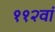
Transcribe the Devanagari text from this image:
११२वां